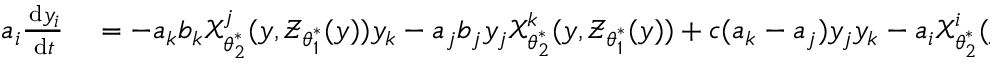
\begin{array} { r l } { a _ { i } \frac { \, \mathrm { d } y _ { i } } { \, \mathrm { d } t } } & { { } = - a _ { k } b _ { k } \boldsymbol { \mathcal { X } } _ { \boldsymbol { \theta } _ { 2 } ^ { \ast } } ^ { j } ( \boldsymbol { y } , \boldsymbol { \mathcal { Z } } _ { \boldsymbol { \theta } _ { 1 } ^ { \ast } } ( \boldsymbol { y } ) ) y _ { k } - a _ { j } b _ { j } y _ { j } \boldsymbol { \mathcal { X } } _ { \boldsymbol { \theta } _ { 2 } ^ { \ast } } ^ { k } ( \boldsymbol { y } , \boldsymbol { \mathcal { Z } } _ { \boldsymbol { \theta } _ { 1 } ^ { \ast } } ( \boldsymbol { y } ) ) + c ( a _ { k } - a _ { j } ) y _ { j } y _ { k } - a _ { i } \boldsymbol { \mathcal { X } } _ { \boldsymbol { \theta } _ { 2 } ^ { \ast } } ^ { i } ( \boldsymbol { y } , \boldsymbol { \mathcal { Z } } _ { \boldsymbol { \theta } _ { 1 } ^ { \ast } } ( \boldsymbol { y } ) ) - \nu _ { 0 } a _ { i } ^ { 2 } y _ { i } , } \end{array}